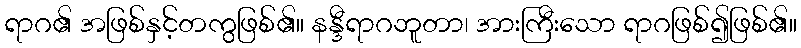
ရာဂ၏ အဖြစ်နှင့်တကွဖြစ်၏။ နန္ဒီရာဂဘူတာ၊ အားကြီးသော ရာဂဖြစ်၍ဖြစ်၏။